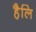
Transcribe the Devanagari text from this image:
हैलि